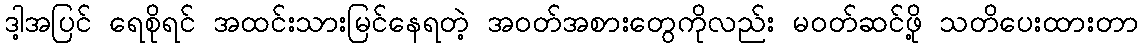
ဒါ့အပြင် ရေစိုရင် အထင်းသားမြင်နေရတဲ့ အဝတ်အစားတွေကိုလည်း မဝတ်ဆင်ဖို့ သတိပေးထားတာ